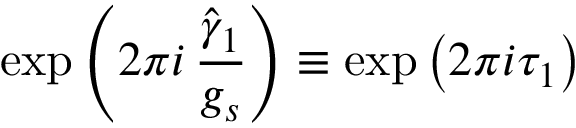
\mathrm { e x p } \left( 2 \pi i \, \frac { \hat { \gamma } _ { 1 } } { g _ { s } } \right) \equiv \mathrm { e x p } \left( 2 \pi i \tau _ { 1 } \right)